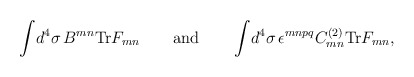
\begin{align*}\int \!d^4\sigma \,B^{mn}{\rm Tr}F_{mn} \quad\quad {\rm and} \quad\quad\int \!d^4\sigma \, \epsilon^{mnpq}C^{(2)}_{mn}{\rm Tr}F_{mn},\end{align*}